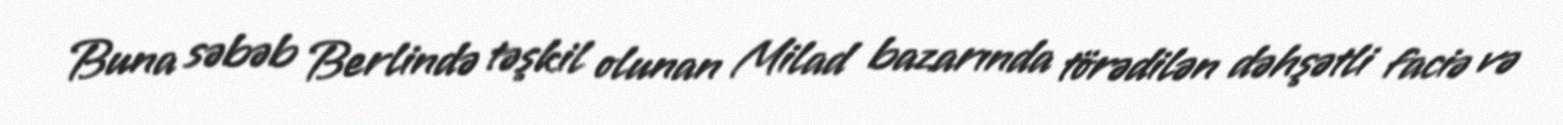
Buna səbəb Berlində təşkil olunan Milad bazarında törədilən dəhşətli faciə və